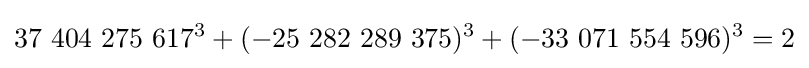
37\ 404\ 275\ 617^{3}+(-25\ 282\ 289\ 375)^{3}+(-33\ 071\ 554\ 596)^{3}=2